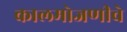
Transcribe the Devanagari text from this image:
कालमोजणीचे